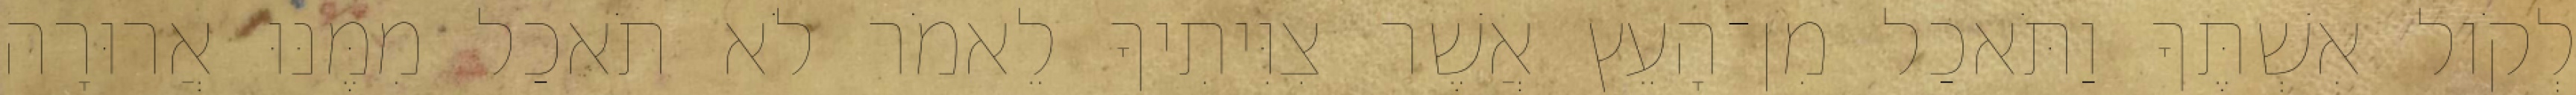
לְקֹול אִשְׁתֶּךָ וַתֹּאכַל מִן־הָעֵץ אֲשֶׁר צִוִּיתִיךָ לֵאמֹר לֹא תֹאכַל מִמֶּנּוּ אֲרוּרָה